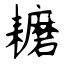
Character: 耱